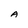
Character: A